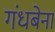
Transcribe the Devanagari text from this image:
गंधबेना